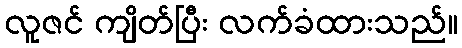
လူဇင် ကျိတ်ပြီး လက်ခံထားသည်။